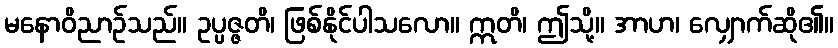
မနောဝိညာဉ်သည်။ ဥပ္ပဇ္ဇတိ၊ ဖြစ်နိုင်ပါသလော။ ဣတိ၊ ဤသို့။ အာဟ၊ လျှောက်ဆို၏။